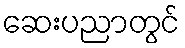
ဆေးပညာတွင်